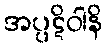
အပ္ပဋိဝါနိ